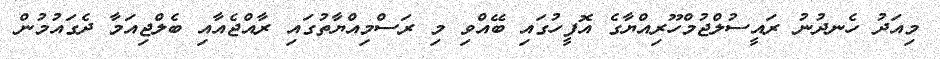
މިއަދު ހެނދުނު ރައީސުލްޖުމްހޫރިއްޔާގެ އޮފީހުގައި ބޭއްވި މި ރަސްމިއްޔާތުގައި ރާއްޖެއާއި ބެލްޖިއަމާ ދެގައުމުން